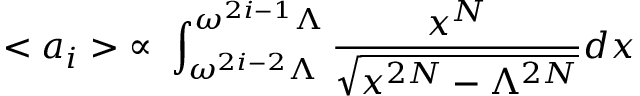
< a _ { i } > \; \propto \; \int _ { \omega ^ { 2 i - 2 } \Lambda } ^ { \omega ^ { 2 i - 1 } \Lambda } \frac { x ^ { N } } { \sqrt { x ^ { 2 N } - \Lambda ^ { 2 N } } } d x